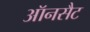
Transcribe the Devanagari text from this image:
ऑनसैट